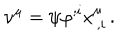
LaTeX: \nu ^ { \mu } = \psi \varphi ^ { ; i } x _ { \, , i } ^ { \mu } \, .